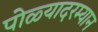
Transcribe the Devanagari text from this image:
पोळ्यादरम्यान